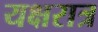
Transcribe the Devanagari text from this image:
यक्षरात्र